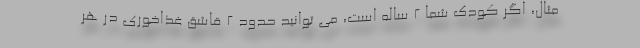
مثال، اگر کودک شما ۲ ساله است، می توانید حدود ۲ قاشق غذاخوری در هر